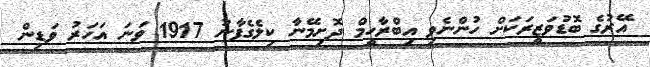
އޭރުގެ ބޮޑުވަޒީރަކަށް ހުންނެވި އިބްރާހީމް ދޮށިމޭނާ ކިލެގެފާނު 1917 ވަނަ އަހަރު ވަޑިން